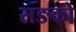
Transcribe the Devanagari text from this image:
सङको